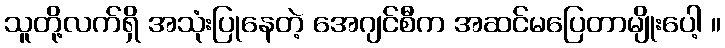
သူတို့လက်ရှိ အသုံးပြုနေတဲ့ အေဂျင်စီက အဆင်မပြေတာမျိုးပေါ့ ။